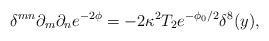
LaTeX: \begin{align*}{\delta^{mn} \partial_m \partial_n e^{-2\phi} = - 2\kappa^2 T_2e^{-\phi_0/2}\delta^8 (y),}\end{align*}